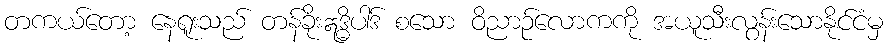
တကယ်တော့ နေရူးသည် တန်ခိုးဣဒ္ဓိပါဒ် စသော ဝိညာဉ်လောကကို အယူသီးလွန်းသောနိုင်ငံမှ